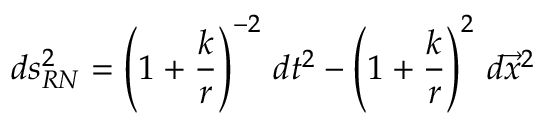
d s _ { R N } ^ { 2 } = \left( 1 + \frac { k } { r } \right) ^ { - 2 } \, d t ^ { 2 } - \left( 1 + \frac { k } { r } \right) ^ { 2 } \, d { \vec { x } } ^ { 2 }